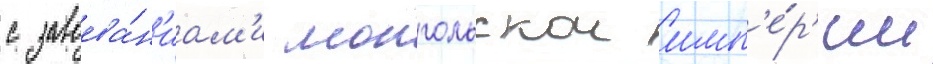
с завоева́н'иам'и монгольскои имп'е́р'ии